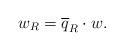
LaTeX: \begin{align*}w_R = \overline{q}_R \cdot w.\end{align*}